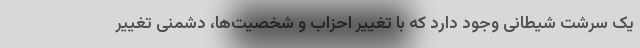
یک سرشت شیطانی وجود دارد که با تغییر احزاب و شخصیت‌ها، دشمنی تغییر